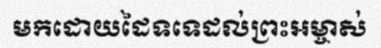
មកដោយដៃទទេដល់ព្រះអម្ចាស់